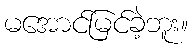
မအောင်မြင်ခဲ့ဘူး။